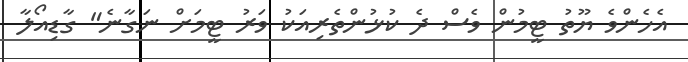
އެހެންވެ ޔޫތު ޓީމުން ވެސް ދެ ކުޅުންތެރިއަކު ވަރު ޓީމަށް ނަގާނެ" ގާޑިއޯލާ